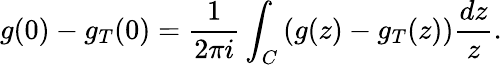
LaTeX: g(0)-g_{T}(0)={\frac{1}{2\pi i}}\int_{C}\left(g(z)-g_{T}(z)\right){\frac{dz}{z}}.